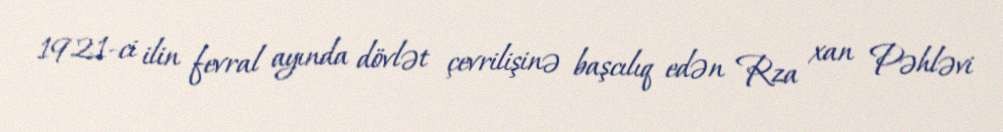
1921-ci ilin fevral ayında dövlət çevrilişinə başcılıq edən Rza xan Pəhləvi